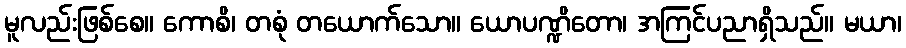
မူလည်းဖြစ်စေ။ ကောစိ၊ တစုံ တယောက်သော။ ယောပဏ္ဍိတော၊ အကြင်ပညာရှိသည်။ မယာ၊